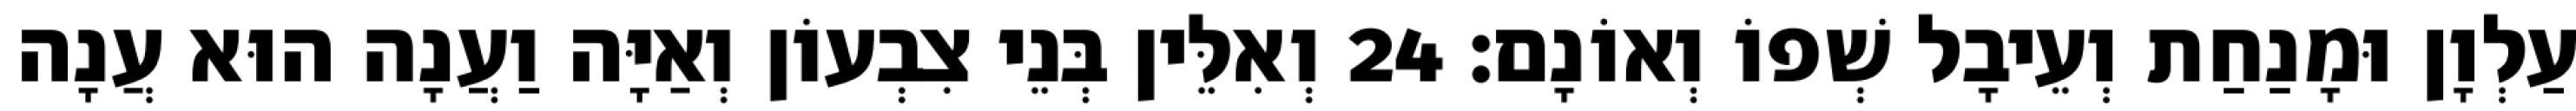
עַלְוָן וּמָנַחַת וְעֵיבָל שְׁפוֹ וְאוֹנָם׃ 24 וְאִלֵּין בְּנֵי צִבְעוֹן וְאַיָּה וַעֲנָה הוּא עֲנָה